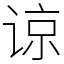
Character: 谅